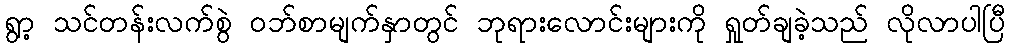
ရွာ့ သင်တန်းလက်စွဲ ဝဘ်စာမျက်နှာတွင် ဘုရားလောင်းများကို ရှုတ်ချခဲ့သည် လိုလာပါပြီ